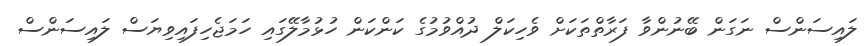
ލައިސަންސް ނަގަން ބޭނުންވާ ފަރާތްތަކަށް ވެހިކަލް ދުއްވުމުގެ ކަންކަން ހުޅުމާލޭގައި ހަމަޖެހިފައިވިޔަސް ލައިސަންސް